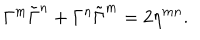
\Gamma ^ { m } \tilde { \Gamma } ^ { n } + \Gamma ^ { n } \tilde { \Gamma } ^ { m } = 2 \eta ^ { m n } .